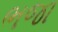
ભજા